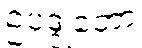
ဥပဒ္ဒုတော